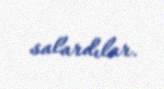
salardılar.